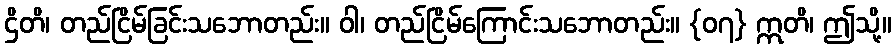
ဌိတိ၊ တည်ငြိမ်ခြင်းသဘောတည်း။ ဝါ၊ တည်ငြိမ်ကြောင်းသဘောတည်း။ {၀၇} ဣတိ၊ ဤသို့။